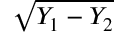
\sqrt { Y _ { 1 } - Y _ { 2 } }